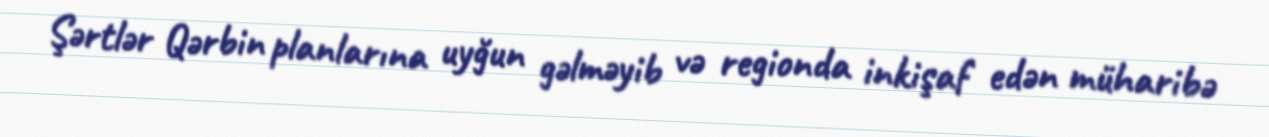
Şərtlər Qərbin planlarına uyğun gəlməyib və regionda inkişaf edən müharibə